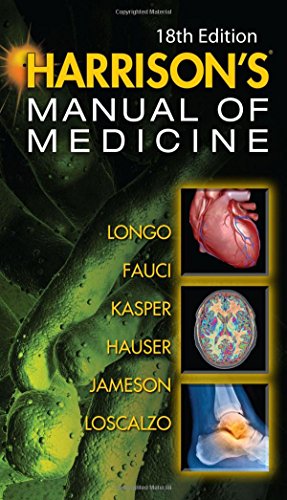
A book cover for Harrisons Manual of Medicine, 18th Edition; Dan Longo; Medical Books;